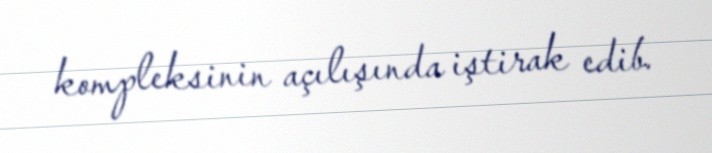
kompleksinin açılışında iştirak edib.